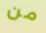
من